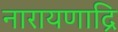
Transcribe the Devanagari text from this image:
नारायणाद्रि